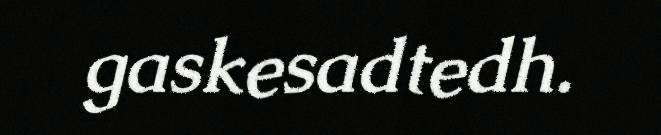
gaskesadtedh.